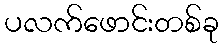
ပလက်ဖောင်းတစ်ခု